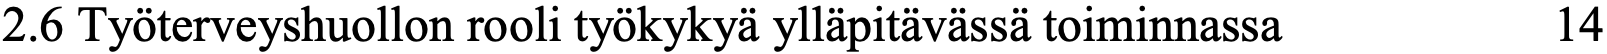
2.6 Työterveyshuollon rooli työkykyä ylläpitävässä toiminnassa 14